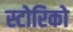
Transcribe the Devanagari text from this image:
स्टोरिको